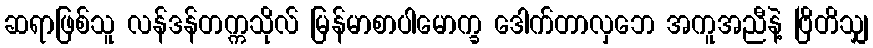
ဆရာဖြစ်သူ လန်ဒန်တက္ကသိုလ် မြန်မာစာပါမောက္ခ ဒေါက်တာလှဘေ အကူအညီနဲ့ ဗြိတိသျှ